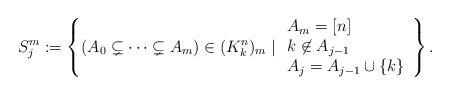
LaTeX: \begin{align*}S^m_j &:= \left\{ (A_0 \subsetneq \dots \subsetneq A_m) \in (K^n_k)_m \mid \begin{array}{l}A_m = [n] \\k \not\in A_{j-1} \\A_{j} = A_{j-1} \cup \{ k \}\end{array} \right\}.\end{align*}